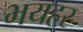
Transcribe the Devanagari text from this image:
भयहर